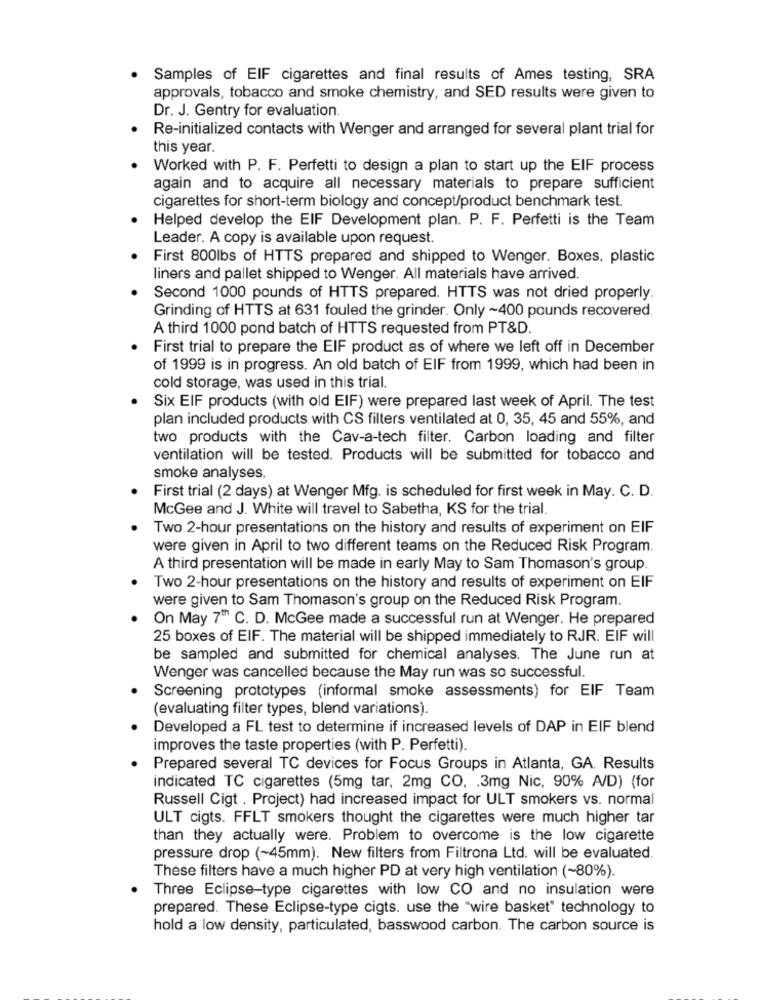
Samples of EIF cigarettes and final results of Ames testing, SRA
approvals, tobacco and smoke chemistry, and SED results were given to
Dr. J. Gentry for evaluation.
Re-initialized contacts with Wenger and arranged for several plant trial for
this year.
Worked with P. F. Perfetti to design a plan to start up the EIF process
again and to acquire all necessary materials to prepare sufficient
cigarettes for short-term biology and concept/product benchmark test.
Helped develop the EIF Development plan. P. F. Perfetti is the Team
Leader. A copy is available upon request.
First 800lbs of HTTS prepared and shipped to Wenger. Boxes, plastic
liners and pallet shipped to Wenger. All materials have arrived.
Second 1000 pounds of HTTS prepared. HTTS was not dried properly.
Grinding of HTTS at 631 fouled the grinder. Only ~400 pounds recovered.
A third 1000 pond batch of HTTS requested from PT&D.
First trial to prepare the EIF product as of where we left off in December
of 1999 is in progress. An old batch of EIF from 1999, which had been in
cold storage, was used in this trial.
Six EIF products (with old EIF) were prepared last week of April. The test
plan included products with CS filters ventilated at 0, 35, 45 and 55%, and
two products with the Cav-a-tech filter. Carbon loading and filter
ventilation will be tested. Products will be submitted for tobacco and
smoke analyses.
First trial (2 days) at Wenger Mfg. is scheduled for first week in May. C. D.
McGee and J. White will travel to Sabetha, KS for the trial.
Two 2-hour presentations on the history and results of experiment on EIF
were given in April to two different teams on the Reduced Risk Program.
A third presentation will be made in early May to Sam Thomason's group.
Two 2-hour presentations on the history and results of experiment on EIF
were given to Sam Thomason's group on the Reduced Risk Program.
On May 7Th C. D. McGee made a successful run at Wenger. He prepared
25 boxes of EIF. The material will be shipped immediately to RJR. EIF will
be sampled and submitted for chemical analyses. The June run at
Wenger was cancelled because the May run was so successful.
Screening prototypes (informal smoke assessments) for EIF Team
(evaluating filter types, blend variations).
Developed a FL test to determine if increased levels of DAP in EIF blend
improves the taste properties (with P. Perfetti).
Prepared several TC devices for Focus Groups in Atlanta, GA. Results
indicated TC cigarettes (5mg tar, 2mg CO, . 3mg Nic, 90% A/D) (for
Russell Cigt . Project) had increased impact for ULT smokers vs. normal
ULT cigts. FFLT smokers thought the cigarettes were much higher tar
than they actually were. Problem to overcome is the low cigarette
pressure drop (~45mm). New filters from Filtrona Ltd. will be evaluated.
These filters have a much higher PD at very high ventilation (~80%).
Three Eclipse-type cigarettes with low CO and no insulation were
prepared. These Eclipse-type cigts. use the "wire basket" technology to
hold a low density, particulated, basswood carbon. The carbon source is